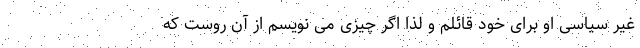
غیر سیاسی او برای خود قائلم و لذا اگر چیزی می نویسم از آن روست که